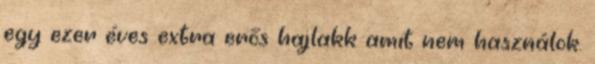
egy ezer éves extra erős hajlakk amit nem használok.